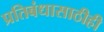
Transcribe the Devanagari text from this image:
प्रतिबंधासाठीही